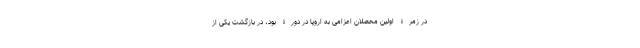
در زمرۀ اولین محصلان اعزامی به اروپا در دورۀ بود، در بازگشت یکی از